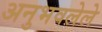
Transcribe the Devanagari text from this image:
अनुभवलेले